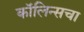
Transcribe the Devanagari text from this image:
कॉलिन्सचा